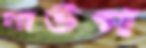
মাউগ